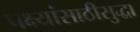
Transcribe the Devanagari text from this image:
पक्ष्यांसाठीसुद्धा